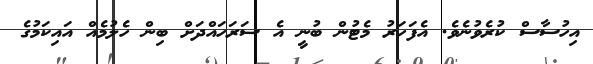
އިހުސާސް ކުރެވުނެވެ. އެފަހަރު މެޓުން ބުނީ އެ ސަރަހައްދަށް ބިން ހެލުމެއް އައިކަމުގެ